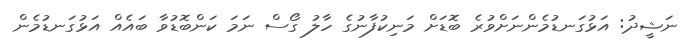
ނަޝީދު: އަޅުގަނޑުމެންނަށްވުރެ ބޮޑަށް މަނިކުފާނުގެ ހާލު ގޯސް ނަމަ ކަންބޮޑުވާ ބައެއް އަޅުގަނޑުމެން